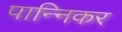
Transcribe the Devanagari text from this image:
पान्निकर